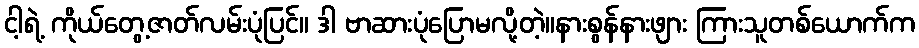
ငါ့ရဲ့ ကိုယ်တွေ့ဇာတ်လမ်းပုံပြင်။ ဒါ ဗာဆားပုံပြောမလို့တဲ့။နားစွန်နားဖျား ကြားသူတစ်ယောက်က